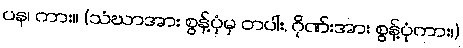
ပန၊ ကား။ (သံဃာအား စွန့်ပုံမှ တပါး, ဂိုဏ်းအား စွန့်ပုံကား၊)